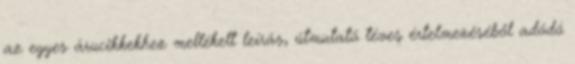
az egyes árucikkekhez mellékelt leírás, útmutató téves értelmezéséből adódó